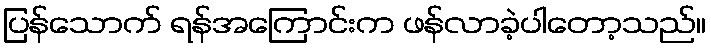
ပြန်သောက် ရန်အကြောင်းက ဖန်လာခဲ့ပါတော့သည်။